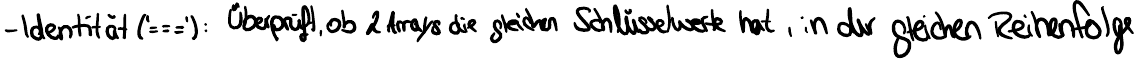
- Identität('==='): Überprüft, ob 2 Arrays die gleichen Schlüsselwerte hat, in der gleichen Reihenfolge